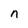
Character: n